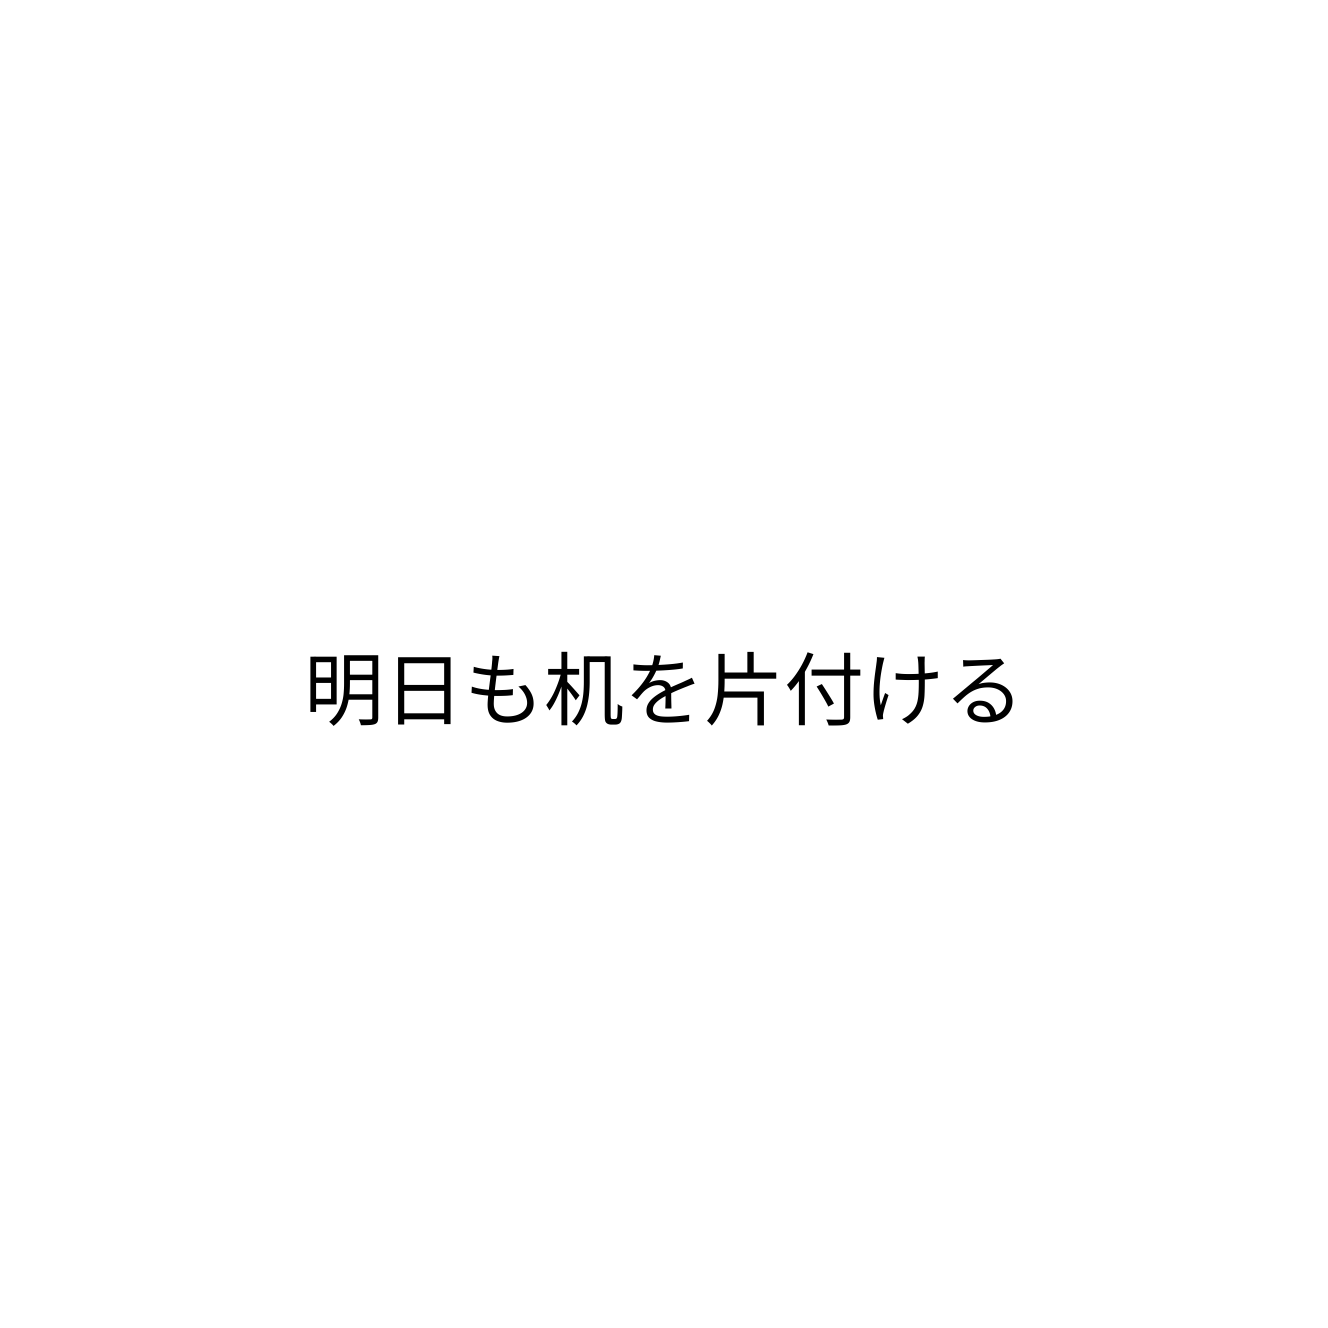
明日も机を片付ける